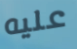
عليه